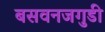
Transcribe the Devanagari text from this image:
बसवनजगुडी